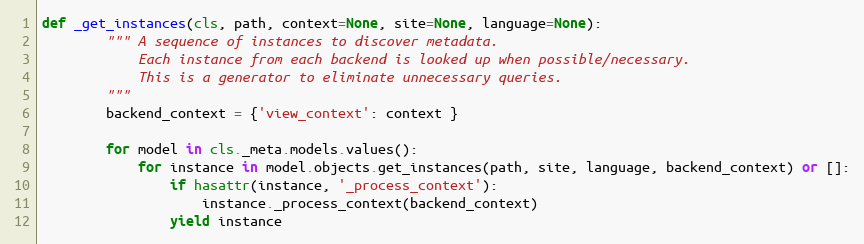
Language: Python
def _get_instances(cls, path, context=None, site=None, language=None):
        """ A sequence of instances to discover metadata.
            Each instance from each backend is looked up when possible/necessary.
            This is a generator to eliminate unnecessary queries.
        """
        backend_context = {'view_context': context }

        for model in cls._meta.models.values():
            for instance in model.objects.get_instances(path, site, language, backend_context) or []:
                if hasattr(instance, '_process_context'):
                    instance._process_context(backend_context)
                yield instance